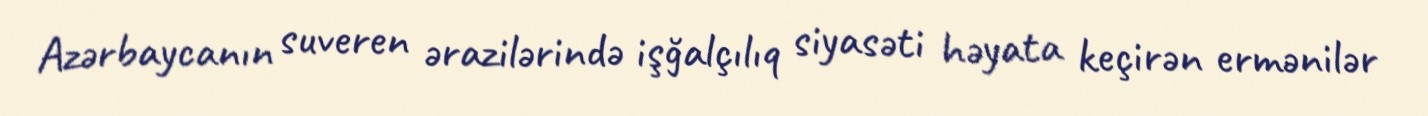
Azərbaycanın suveren ərazilərində işğalçılıq siyasəti həyata keçirən ermənilər